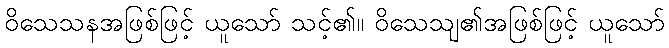
ဝိသေသနအဖြစ်ဖြင့် ယူသော် သင့်၏။ ဝိသေသျ၏အဖြစ်ဖြင့် ယူသော်